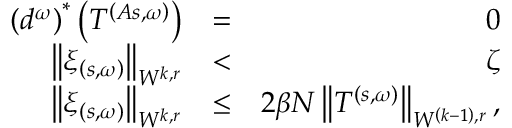
\begin{array} { r l r } { \left( d ^ { \omega } \right) ^ { \ast } \left( T ^ { \left( A s , \omega \right) } \right) } & { = } & { 0 } \\ { \left\Vert \xi _ { \left( s , \omega \right) } \right\Vert _ { W ^ { k , r } } } & { < } & { \zeta } \\ { \left\Vert \xi _ { \left( s , \omega \right) } \right\Vert _ { W ^ { k , r } } } & { \leq } & { 2 \beta N \left\Vert T ^ { \left( s , \omega \right) } \right\Vert _ { W ^ { \left( k - 1 \right) , r } } , } \end{array}